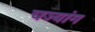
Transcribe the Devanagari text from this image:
चज्यांग